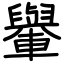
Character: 轝